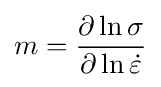
m={\frac {\partial \ln {\sigma }}{\partial \ln {\dot {\varepsilon }}}}